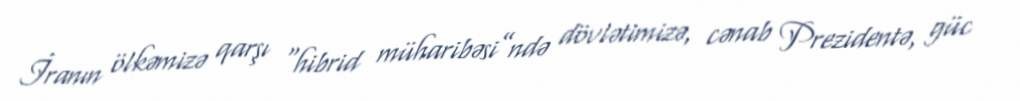
İranın ölkəmizə qarşı “hibrid müharibəsi”ndə dövlətimizə, cənab Prezidentə, güc